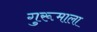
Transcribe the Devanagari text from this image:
गुरूमाला